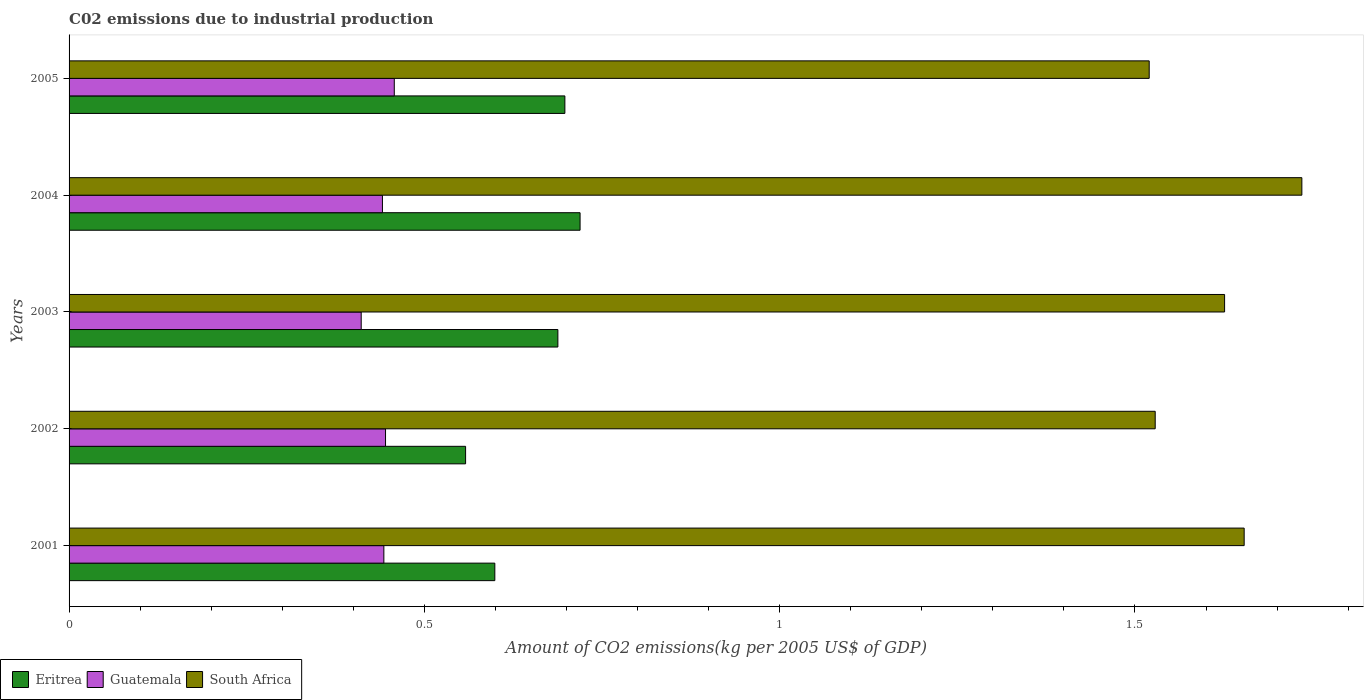
| Years | Eritrea | Guatemala | South Africa |
 | --- | --- | --- | --- |
 | 2001 | 0.599 | 0.443 | 1.65 |
 | 2002 | 0.558 | 0.445 | 1.53 |
 | 2003 | 0.688 | 0.411 | 1.63 |
 | 2004 | 0.719 | 0.441 | 1.73 |
 | 2005 | 0.698 | 0.458 | 1.52 |